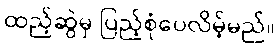
ထည့်ဆွဲမှ ပြည့်စုံပေလိမ့်မည်။